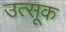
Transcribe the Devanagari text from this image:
उत्सूक